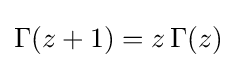
\Gamma (z+1)=z\,\Gamma (z)